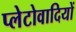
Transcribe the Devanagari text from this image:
प्लेटोवादियों